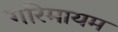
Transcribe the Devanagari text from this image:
गरिमायम